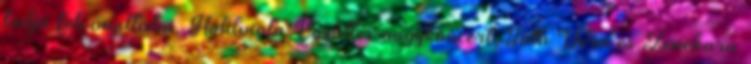
tudja felvonultatni. Holdviola Együttes nagykoncert, Tóth Vera és Zenekara